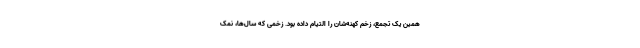
همین یک تجمع، زخم کهنه‌‌شان را التیام داده بود. زخمی که سال‌ها، نمکِ